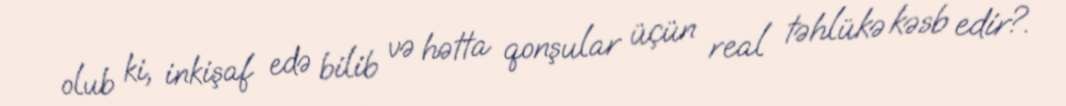
olub ki, inkişaf edə bilib və hətta qonşular üçün real təhlükə kəsb edir?.